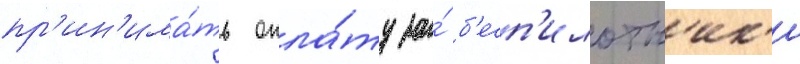
пр'ин'има́ть опла́ту за́ б'есп'илотн'ик'и